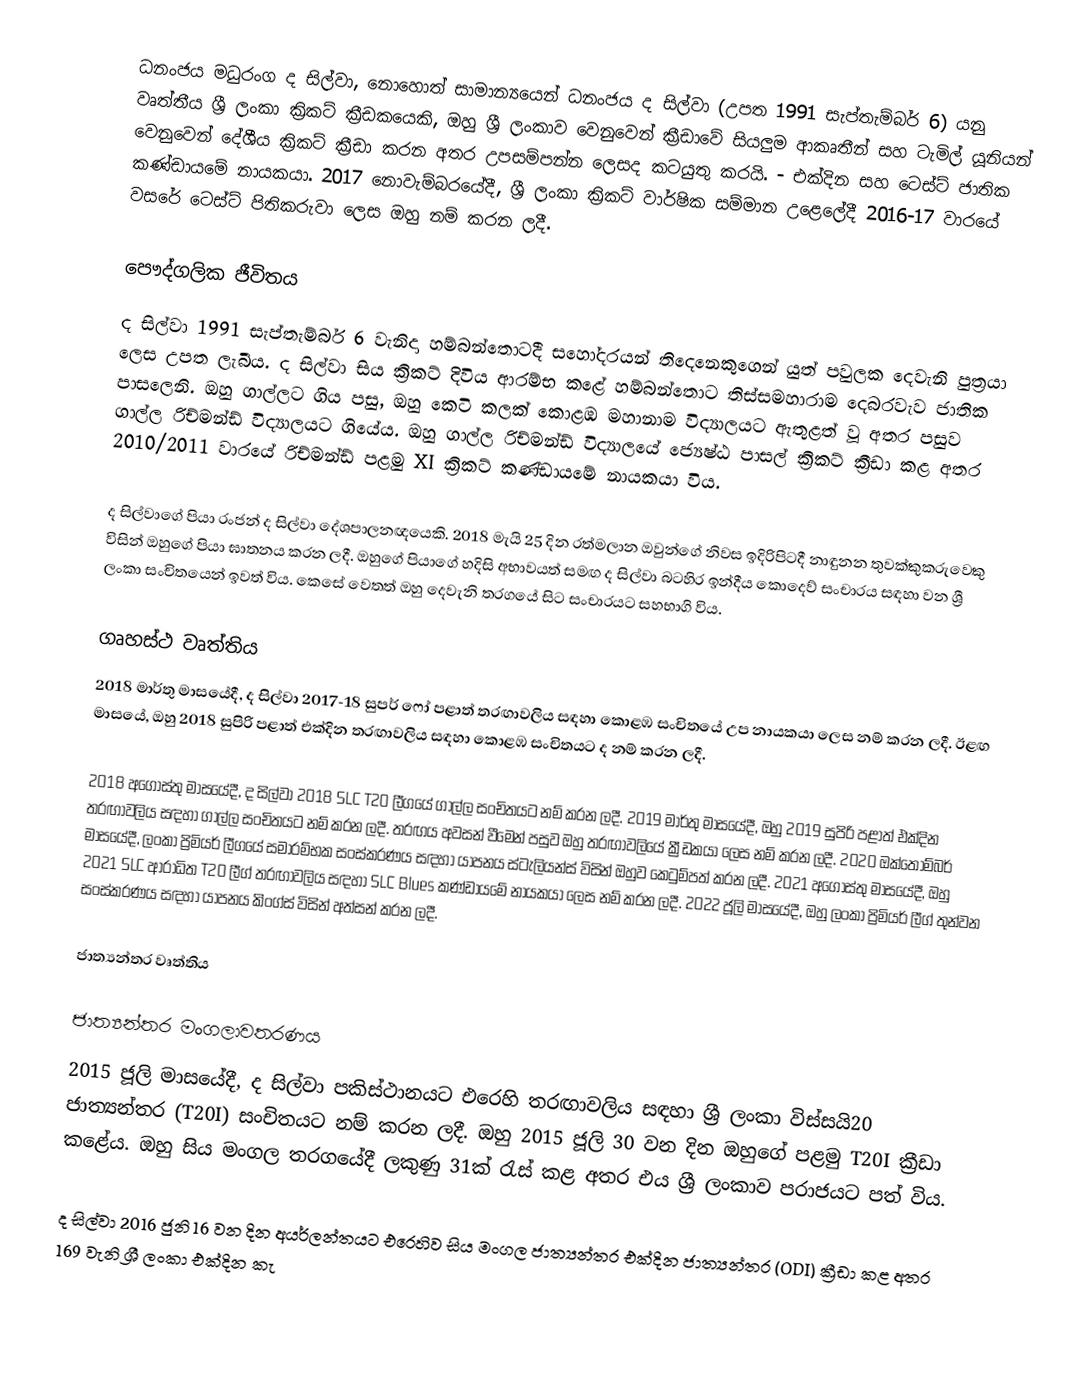
ධනංජය මධුරංග ද සිල්වා, නොහොත් සාමාන්‍යයෙන් ධනංජය ද සිල්වා (උපත 1991 සැප්තැම්බර් 6) යනු වෘත්තීය ශ්‍රී ලංකා ක්‍රිකට් ක්‍රීඩකයෙකි,  ඔහු ශ්‍රී ලංකාව වෙනුවෙන් ක්‍රීඩාවේ සියලුම ආකෘතීන් සහ ටැමිල් යූනියන් වෙනුවෙන් දේශීය ක්‍රිකට් ක්‍රීඩා කරන අතර උපසම්පන්න ලෙසද කටයුතු කරයි. - එක්දින සහ ටෙස්ට් ජාතික කණ්ඩායමේ නායකයා. 2017 නොවැම්බරයේදී, ශ්‍රී ලංකා ක්‍රිකට් වාර්ෂික සම්මාන උළෙලේදී 2016-17 වාරයේ වසරේ ටෙස්ට් පිතිකරුවා ලෙස ඔහු නම් කරන ලදී.

පෞද්ගලික ජීවිතය
ද සිල්වා 1991 සැප්තැම්බර් 6 වැනිදා හම්බන්තොටදී සහෝදරයන් තිදෙනෙකුගෙන් යුත් පවුලක දෙවැනි පුත්‍රයා ලෙස උපත ලැබීය. ද සිල්වා සිය ක්‍රිකට් දිවිය ආරම්භ කළේ හම්බන්තොට තිස්සමහාරාම දෙබරවැව ජාතික පාසලෙනි. ඔහු ගාල්ලට ගිය පසු, ඔහු කෙටි කලක් කොළඹ මහානාම විද්‍යාලයට ඇතුළත් වූ අතර පසුව ගාල්ල රිච්මන්ඩ් විද්‍යාලයට ගියේය.  ඔහු ගාල්ල රිච්මන්ඩ් විද්‍යාලයේ ජ්‍යෙෂ්ඨ පාසල් ක්‍රිකට් ක්‍රීඩා කළ අතර 2010/2011 වාරයේ රිච්මන්ඩ් පළමු XI ක්‍රිකට් කණ්ඩායමේ නායකයා විය.

ද සිල්වාගේ පියා රංජන් ද සිල්වා දේශපාලනඥයෙකි. 2018 මැයි 25 දින රත්මලාන ඔවුන්ගේ නිවස ඉදිරිපිටදී නාඳුනන තුවක්කුකරුවෙකු විසින් ඔහුගේ පියා ඝාතනය කරන ලදී.  ඔහුගේ පියාගේ හදිසි අභාවයත් සමඟ ද සිල්වා බටහිර ඉන්දීය කොදෙව් සංචාරය සඳහා වන ශ්‍රී ලංකා සංචිතයෙන් ඉවත් විය.  කෙසේ වෙතත් ඔහු දෙවැනි තරගයේ සිට සංචාරයට සහභාගි විය.

ගෘහස්ථ වෘත්තිය
2018 මාර්තු මාසයේදී, ද සිල්වා 2017-18 සුපර් ෆෝ පළාත් තරඟාවලිය සඳහා කොළඹ සංචිතයේ උප නායකයා ලෙස නම් කරන ලදී.   ඊළඟ මාසයේ, ඔහු 2018 සුපිරි පළාත් එක්දින තරඟාවලිය සඳහා කොළඹ සංචිතයට ද නම් කරන ලදී.

2018 අගෝස්තු මාසයේදී, ද සිල්වා 2018 SLC T20 ලීගයේ ගාල්ල සංචිතයට නම් කරන ලදී.  2019 මාර්තු මාසයේදී, ඔහු 2019 සුපිරි පළාත් එක්දින තරඟාවලිය සඳහා ගාල්ල සංචිතයට නම් කරන ලදී.  තරඟය අවසන් වීමෙන් පසුව ඔහු තරඟාවලියේ ක්‍රීඩකයා ලෙස නම් කරන ලදී.  2020 ඔක්තෝම්බර් මාසයේදී, ලංකා ප්‍රිමියර් ලීගයේ සමාරම්භක සංස්කරණය සඳහා යාපනය ස්ටැලියන්ස් විසින් ඔහුව කෙටුම්පත් කරන ලදී.  2021 අගෝස්තු මාසයේදී, ඔහු 2021 SLC ආරාධිත T20 ලීග් තරඟාවලිය සඳහා SLC Blues කණ්ඩායමේ නායකයා ලෙස නම් කරන ලදී.  2022 ජූලි මාසයේදී, ඔහු ලංකා ප්‍රිමියර් ලීග් තුන්වන සංස්කරණය සඳහා යාපනය කිංග්ස් විසින් අත්සන් කරන ලදී.

ජාත්‍යන්තර වෘත්තිය

ජාත්‍යන්තර මංගලාවතරණය
2015 ජූලි මාසයේදී, ද සිල්වා පකිස්ථානයට එරෙහි තරඟාවලිය සඳහා ශ්‍රී ලංකා විස්සයි20 ජාත්‍යන්තර (T20I) සංචිතයට නම් කරන ලදී.  ඔහු 2015 ජූලි 30 වන දින ඔහුගේ පළමු T20I ක්‍රීඩා කළේය. ඔහු සිය මංගල තරගයේදී ලකුණු 31ක් රැස් කළ අතර එය ශ්‍රී ලංකාව පරාජයට පත් විය.

ද සිල්වා 2016 ජුනි 16 වන දින අයර්ලන්තයට එරෙහිව සිය මංගල ජාත්‍යන්තර එක්දින ජාත්‍යන්තර (ODI) ක්‍රීඩා කළ අතර 169 වැනි ශ්‍රී ලංකා එක්දින කැ